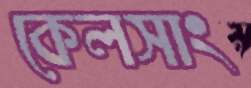
কেলসাং